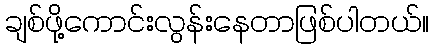
ချစ်ဖို့ကောင်းလွန်းနေတာဖြစ်ပါတယ်။